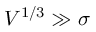
V ^ { 1 / 3 } \gg \sigma